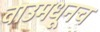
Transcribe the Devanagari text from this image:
वाउमधूनच